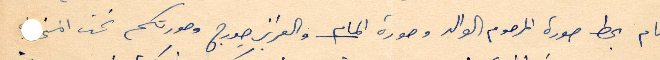
اناك بحط المرحوم الوالد صورة المام والعزيز جورج وصوركم تحت المخدة